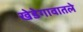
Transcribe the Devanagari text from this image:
खेडेगावातले